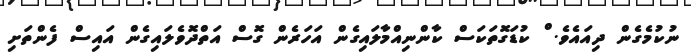
ނުކުމެގެން ދިއައެވެ. ް ކުޑަގޮތަކަސް ކާންނިއްމާލައިގެން އަހަރެން ގޮސް އަތްދޮވެލައިގެން އައިސް ފެންތަށި